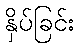
နှိပ်ခြင်း